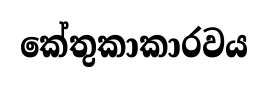
කේතුකාකාරවය